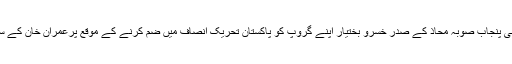
جنوبی پنجاب صوبہ محاذ کے صدر خسرو بختیار اپنے گروپ کو پاکستان تحریک انصاف میں ضم کرنے کے موقع پرعمران خان کے ساتھ ۔